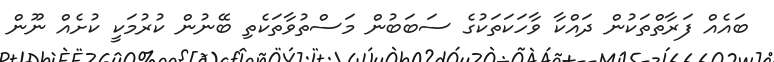
ބައެއް ފަރާތްތަކުން ދައްކާ ވާހަކަތަކުގެ ސަބަބުން މަސްތުވާތަކެތި ބޭނުން ކުރުމަކީ ކުށެއް ނޫން